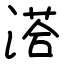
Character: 溚